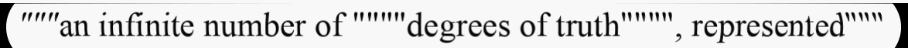
"""an infinite number of """"degrees of truth"""", represented"""